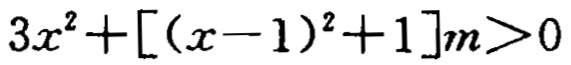
\(3x^{2}+[(x - 1)^{2}+1]m>0\)